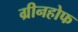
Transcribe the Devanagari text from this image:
ग्रीनहोफ